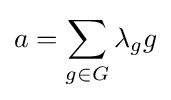
a=\sum _{g\in G}\lambda _{g}g